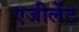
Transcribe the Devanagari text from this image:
एजीलेंट